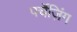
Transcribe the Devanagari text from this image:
पर्चेज़िंग